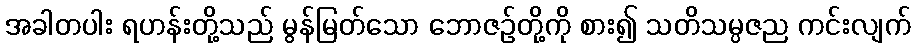
အခါတပါး ရဟန်းတို့သည် မွန်မြတ်သော ဘောဇဉ်တို့ကို စား၍ သတိသမ္ပဇည ကင်းလျက်